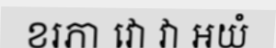
ខរភា វោ វា អយំ